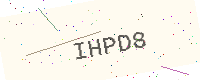
Text: IHPD8